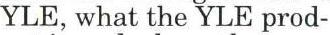
YLE, what the YLE prod-